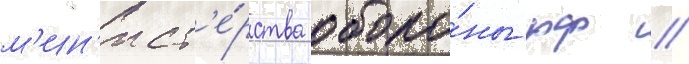
м'ин'ист'е́рства оборо́ны рф //